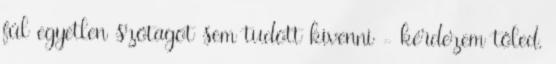
fül egyetlen szótagot sem tudott kivenni - kérdezem tőled,